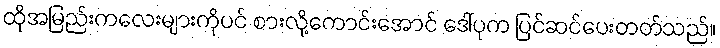
ထိုအမြည်းကလေးများကိုပင် စားလို့ကောင်းအောင် ဒေါ်ပုက ပြင်ဆင်ပေးတတ်သည်။